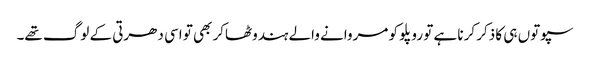
سپوتوں ہی کا ذکر کرنا ہے تو روپلو کو مروانے والے ہندوٹھاکر بھی تو اسی دھرتی کے لوگ تھے۔